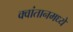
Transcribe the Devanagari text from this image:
क्वांतानमध्ये